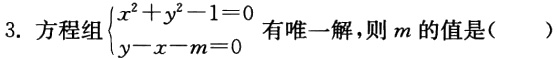
3. 方程组$\begin{cases}x^{2}+y^{2}-1 = 0\\y - x - m = 0\end{cases}$有唯一解，则$m$的值是（  ）